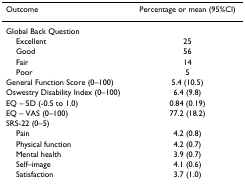
| Outcome | Percentage or mean (95%CI) |
 | --- | --- |
 | Global Back Question |  |
 | Excellent | 25 |
 | Good | 56 |
 | Fair | 14 |
 | Poor | 5 |
 | General Function Score (0–100) | 5.4 (10.5) |
 | Oswestry Disability Index (0–100) | 6.4 (9.8) |
 | EQ – 5D (-0.5 to 1.0) | 0.84 (0.19) |
 | EQ – VAS (0–100) | 77.2 (18.2) |
 | SRS-22 (0–5) |  |
 | Pain | 4.2 (0.8) |
 | Physical function | 4.2 (0.7) |
 | Mental health | 3.9 (0.7) |
 | Self–image | 4.1 (0.6) |
 | Satisfaction | 3.7 (1.0) |